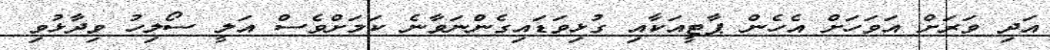
އަދި ވަރަށް އަވަހަށް އެހެން ޕާޓީއަކާއި ގުޅިވަޑައިގެންނަވާނެ ކަމަށްވެސް އަލީ ސޯލިހު ވިދާޅުވި